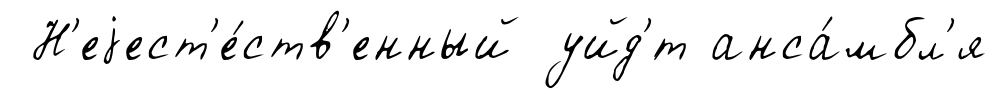
Н'еjест'е́ств'енный уйд'́т анса́мбл'я